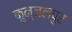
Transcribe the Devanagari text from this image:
कुन्जलपुर